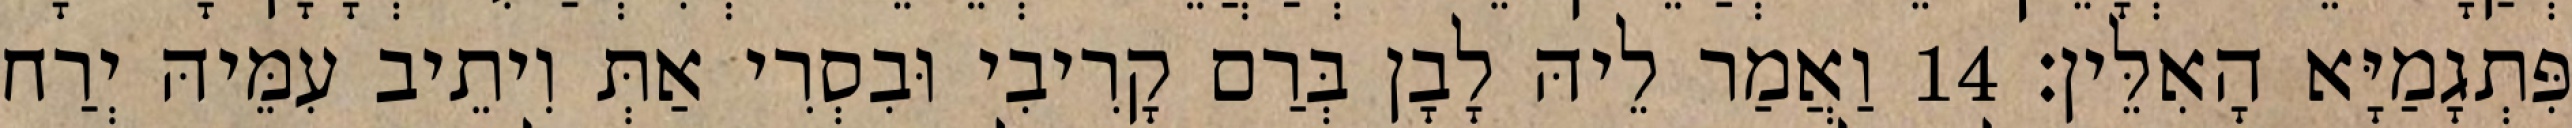
פִּתְגָמַיָּא הָאִלֵּין׃ 14 וַאֲמַר לֵיהּ לָבָן בְּרַם קָרִיבִי וּבִסְרִי אַתְּ וִיתֵיב עִמֵּיהּ יְרַח